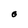
Character: O